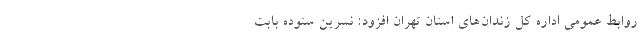
روابط عمومی اداره کل زندان‌های استان تهران افزود: نسرین ستوده بابت